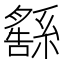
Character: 𦅚